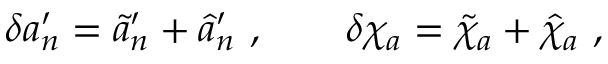
\delta a _ { n } ^ { \prime } = \tilde { a } _ { n } ^ { \prime } + \hat { a } _ { n } ^ { \prime } \ , \qquad \delta \chi _ { a } = \tilde { \chi } _ { a } + \hat { \chi } _ { a } \ ,